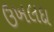
ઉખલદા